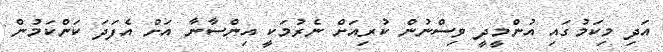
އަދި މިކަމުގައި އުންމީދީ ވިސްނުން ކުރިއަށް ނެރުމަކީ އިންސާނާ އަށް އެފަދަ ކަންކަމުން